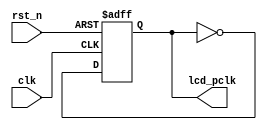
module clk_div(
	input			clk,
	input			rst_n,
	output reg 	lcd_pclk
);
//parameters
//wires
//registers
reg clk_25M;
//reg clk_12POINT5M;
reg div_4_cnt;
//25MHz
always@(posedge clk or negedge rst_n)begin
	if(!rst_n)
		clk_25M<='b0;
	else
		clk_25M<=~clk_25M;
end
//12.5MHz
/*
always@(posedge clk or negedge rst_n)begin
	if(!rst_n)begin
		div_4_cnt		<='b0;
		clk_12POINT5M	<='b0;
	end
	else begin
		div_4_cnt	<=div_4_cnt+'b1;
		if(div_4_cnt)
			clk_12POINT5M<=~clk_12POINT5M;
	end
end
*/
always @(*)begin
	lcd_pclk=clk_25M;
end
endmodule